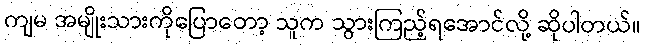
ကျမ အမျိုးသားကိုပြောတော့ သူက သွားကြည့်ရအောင်လို့ ဆိုပါတယ်။